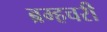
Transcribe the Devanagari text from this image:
ब्रम्हचरी